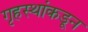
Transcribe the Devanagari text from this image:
गृहस्थांकडून